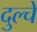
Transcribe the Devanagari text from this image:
दुल्चे